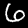
Label: 6